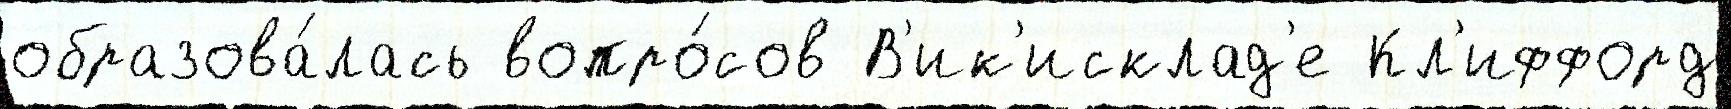
образова́лась вопро́сов В'ик'исклад'е Кл'иффорд